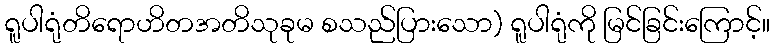
ရူပါရုံတိရောဟိတအတိသုခုမ စသည်ပြားသော) ရူပါရုံကို မြင်ခြင်းကြောင့်။